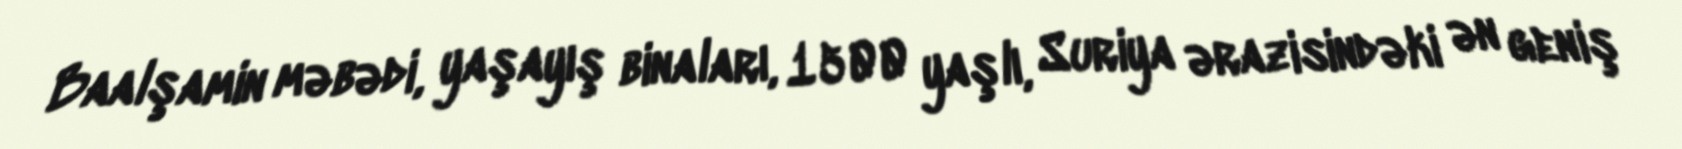
Baalşamin məbədi, yaşayış binaları, 1500 yaşlı, Suriya ərazisindəki ən geniş